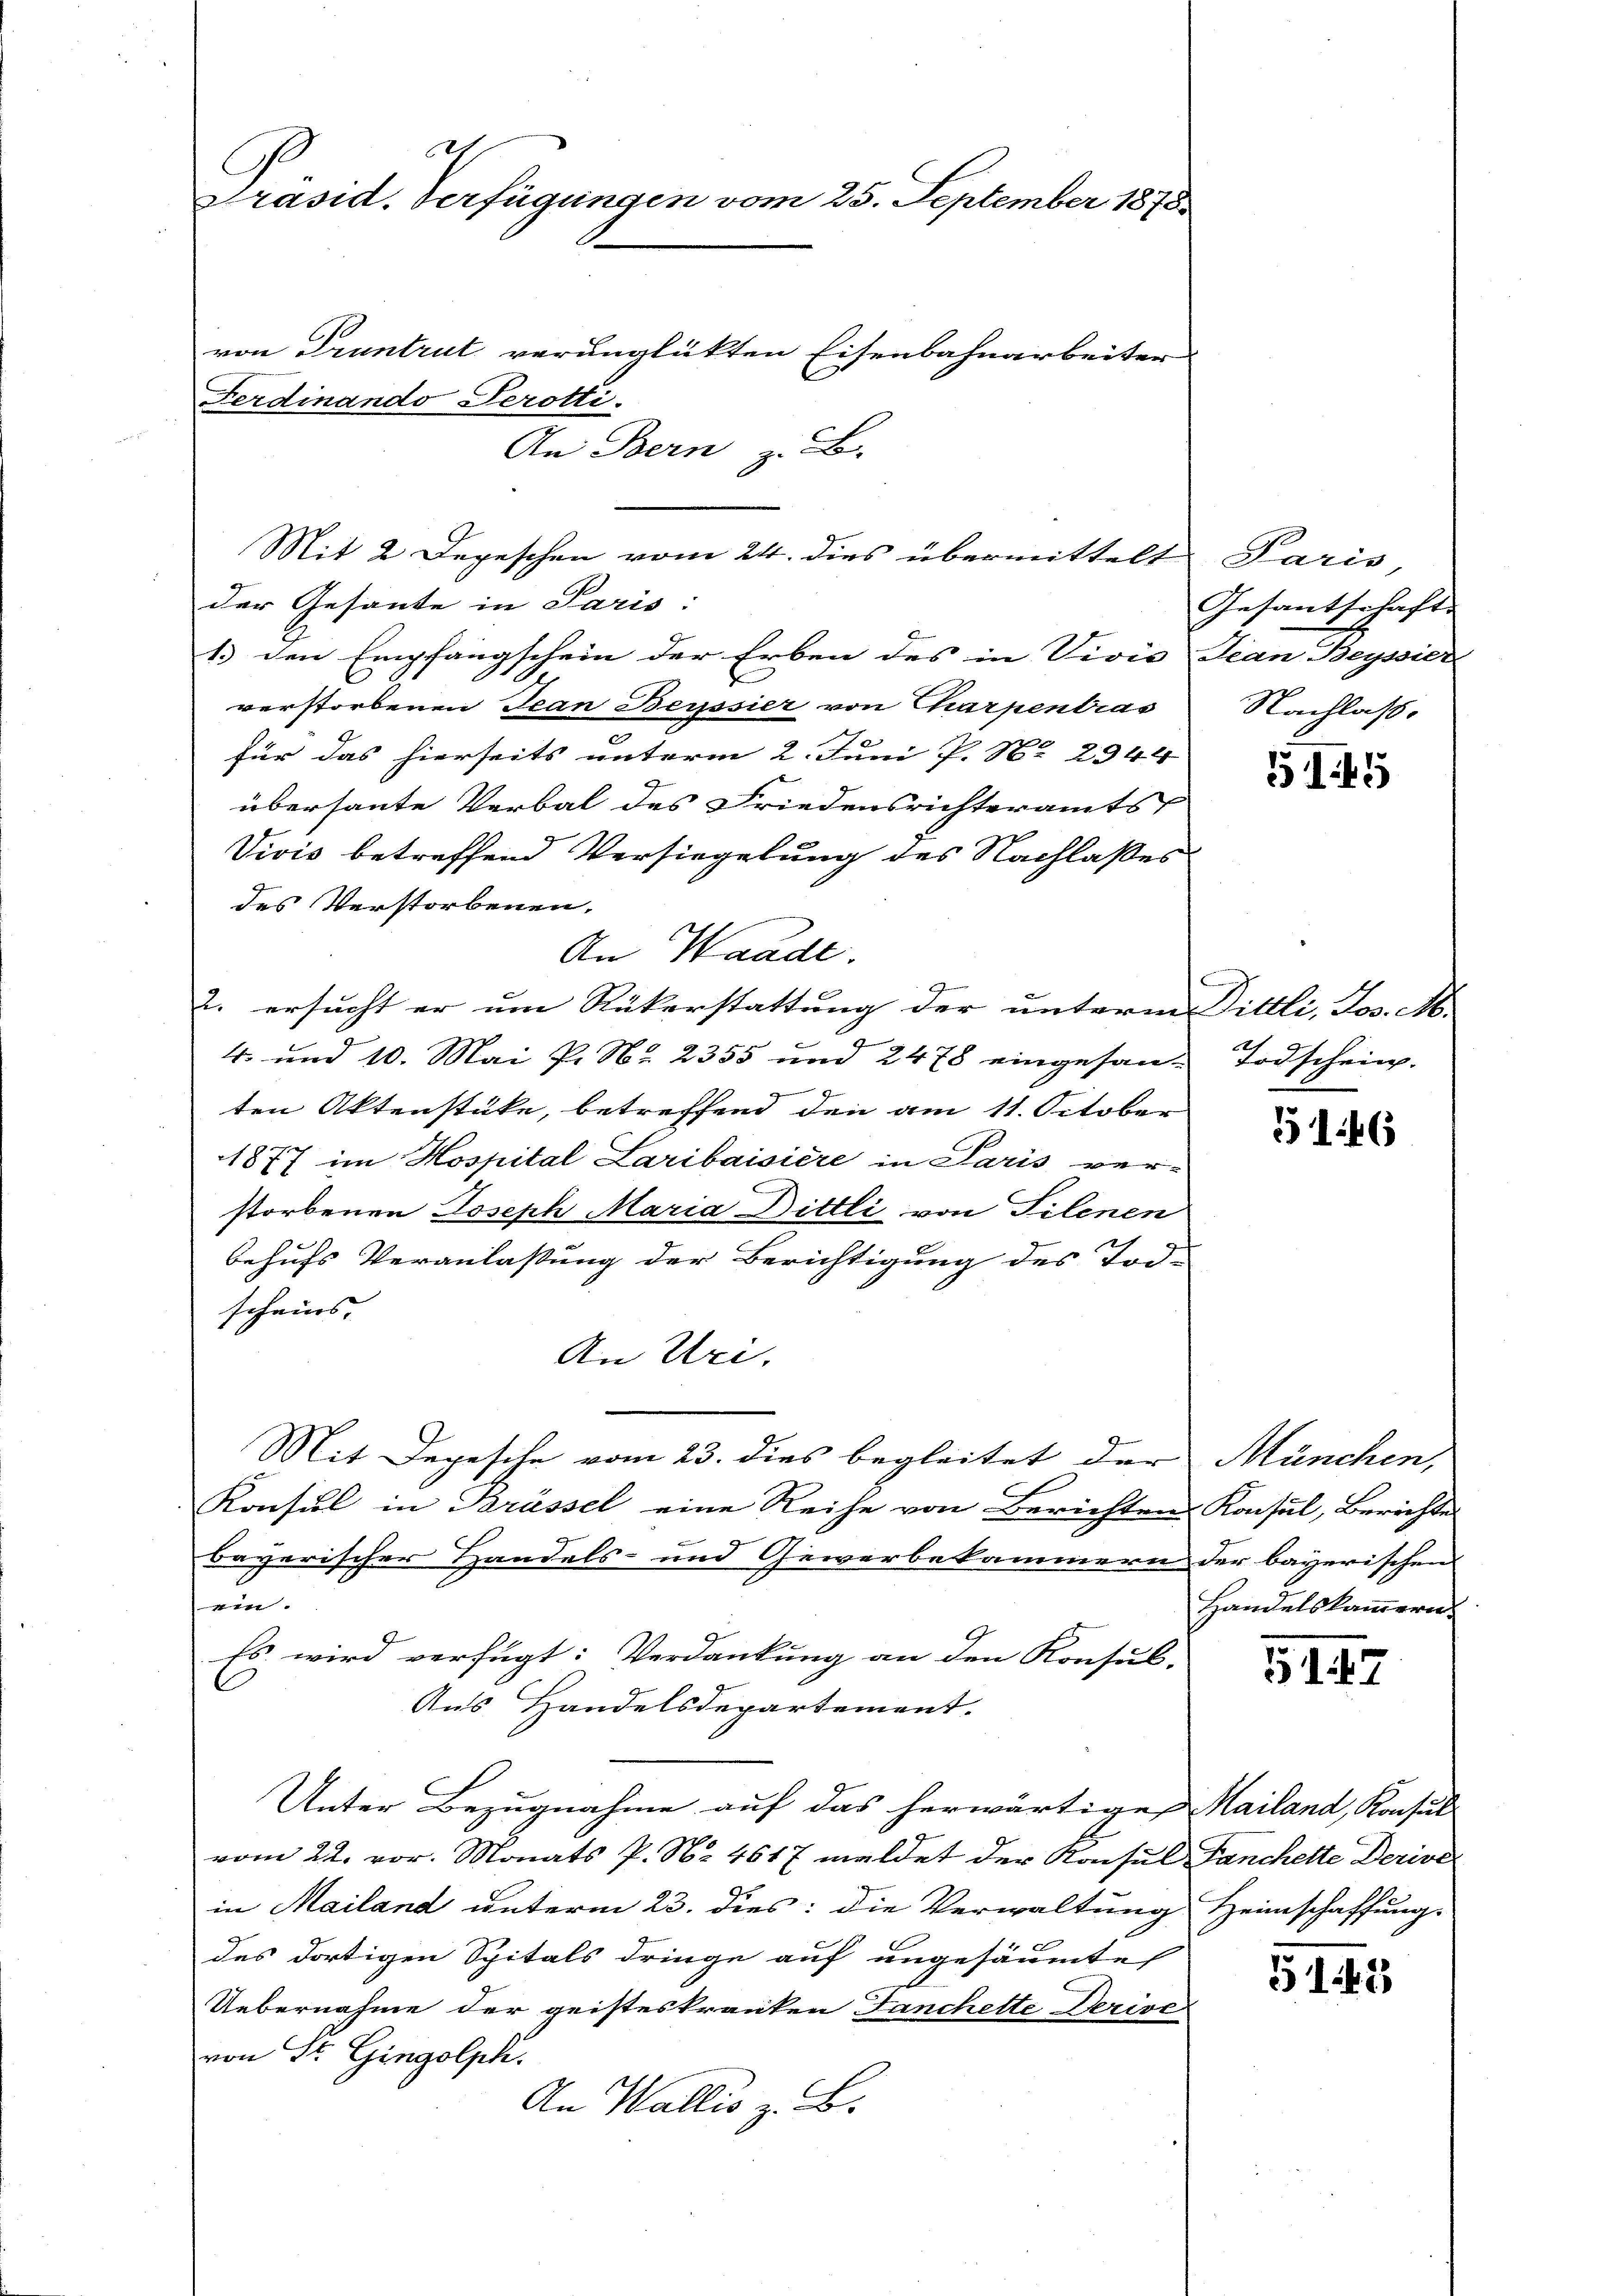
d
Präsid. Verfügungen vom 25. September 1878
von Pruntrut verunglükten Eisenbahnarbeiter
Ferdinando Serotti.
An Bern z. B.

Mit 2 Depeschen vom 24. dies übermittelt
der Gesante in Paris:
1.) den Empfangschein der Erben des in Vivistian Beyssier
verstorbenen Jean Beyssier von Charpentras
für das hierseits unterm 2. Juni P. Nr. 2944
übersante Verbal des Friedensrichteramts
Vivis betreffend Versiegelung des Nachlaßes
des Verstorbenen.
An Wande.
2. ersucht er um Rükerstattung der unterm Sittli, Jos. M.
4. und 10. Mai P. Nr. 2355 und 2478 eingesan-Todschein.
g
ten Aktenstüke, betreffend den am 11. October
1877 im Hospital Laribaisiere in Paris ver-
storbenen Joseph Maria Dittli von Filenen
behufs Veranlaßung der Berichtigung des Tod-
scheins
An Uri,
Mit Depesche vom 23. dies begleitet der
Konsul in Brüssel eine Reihe von Berichten Konsul, Berichtes
bayerischer Handels- und Gewerbekammern der bayerischen
i
Es wird verfügt: Verdankung an den Konsul-
Ans Handelsdepartement.
Unter Bezugnahme auf das herwärtige Mailand, Konsul
vom 22. vor. Monats P. Nr. 4617 meldet der Konsul Fanchette Derive
in Mailand unterm 23. dies: die Verwaltung Heimschaffung
des dortigen Spitals dringe auf ungesäumte
Uebernahme der geisteskranken Fanchette Derisc
von Sr. Gingolph.
An Wallis z. B.

Paris,
Gesantschaft
Nachlass.

G145

E
Ich

146

München,
Handelskammern.

5147

51. 45